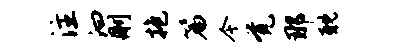
注汩删抱篇今觉那耽